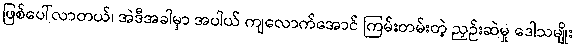
ဖြစ်ပေါ်လာတယ်၊ အဲဒီအခါမှာ အပါယ် ကျလောက်အောင် ကြမ်းတမ်းတဲ့ ညှဉ်းဆဲမှု ဒေါသမျိုး